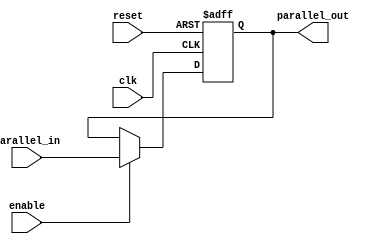
// This program was cloned from: https://github.com/Aryavardhan37/Verilog_codes
// License: MIT License

module piporegister (
  input wire clk,
  input wire reset,
  input wire [7:0] parallel_in,
  input wire enable,
  output reg [7:0] parallel_out
);

  always @(posedge clk or posedge reset) begin
    if (reset)
      parallel_out <= 8'b00000000;
    else if (enable)
      parallel_out <= parallel_in;
  end

endmodule